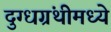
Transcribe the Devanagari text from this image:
दुग्धग्रंथीमध्ये